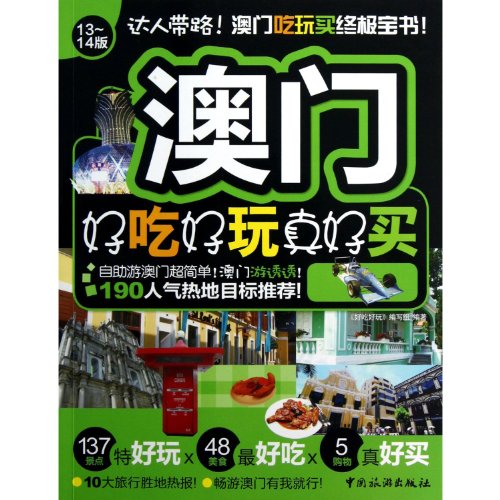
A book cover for Food, travel and shopping in Macau (Chinese Edition); Hao Chi hao wan bian xie zu; Travel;